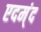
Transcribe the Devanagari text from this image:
एदम्ंद